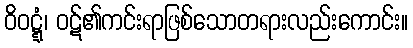
ဝိဝဋ္ဋံ၊ ဝဋ်၏ကင်းရာဖြစ်သောတရားလည်းကောင်း။